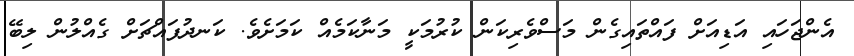
އެންޖަހައި އަޑިއަށް ފައްތައިގެން މަސްވެރިކަން ކުރުމަކީ މަނާކަމެއް ކަމަށެވެ. ކަނދުފައްޗަށް ގެއްލުން ލިބޭ